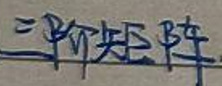
三阶矩阵